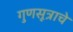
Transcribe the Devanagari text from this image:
गुणसूत्राचे